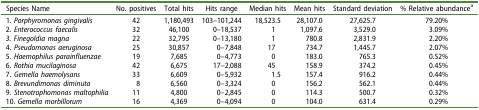
| Species Name | No. positives | Total hits | Hits range | Median hits | Mean hits | Standard deviation | % Relative abundancea |
 | --- | --- | --- | --- | --- | --- | --- | --- |
 | 1. Porphyromonas gingivalis | 42 | 1,180,493 | 103–101,244 | 18,523.5 | 28,107.0 | 27,625.7 | 79.20% |
 | 2. Enterococcus faecalis | 32 | 46,100 | 0–18,537 | 1 | 1,097.6 | 3,529.0 | 3.09% |
 | 3. Finegoldia magna | 22 | 32,795 | 0–13,180 | 1 | 780.8 | 2,831.9 | 2.20% |
 | 4. Pseudomonas aeruginosa | 25 | 30,857 | 0–7,848 | 17 | 734.7 | 1,445.7 | 2.07% |
 | 5. Haemophilus parainfluenzae | 19 | 7,685 | 0–4,773 | 0 | 183.0 | 765.3 | 0.52% |
 | 6. Rothia mucilaginosa | 42 | 6,675 | 17–2,088 | 45 | 158.9 | 374.2 | 0.45% |
 | 7. Gemella haemolysans | 33 | 6,609 | 0–5,932 | 1.5 | 157.4 | 916.2 | 0.44% |
 | 8. Brevundimonas diminuta | 8 | 6,560 | 0–3,324 | 0 | 156.2 | 562.1 | 0.44% |
 | 9. Stenotrophomonasmaltophilia | 11 | 4,800 | 0–2,845 | 0 | 114.3 | 500.7 | 0.32% |
 | 10. Gemella morbillorum | 16 | 4,369 | 0–4,094 | 0 | 104.0 | 631.4 | 0.29% |